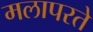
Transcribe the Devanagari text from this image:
मलापरते